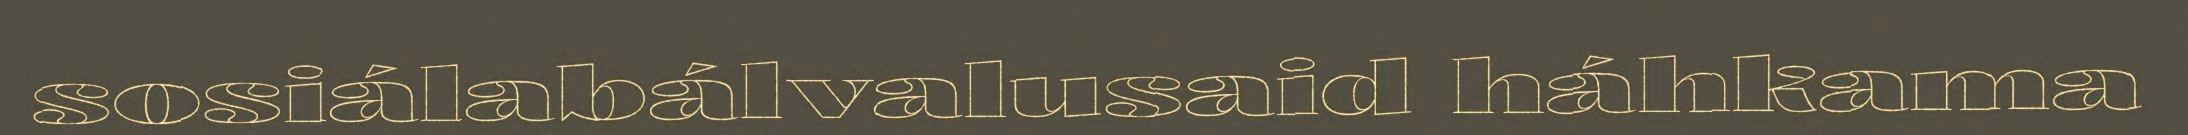
sosiálabálvalusaid háhkama